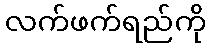
လက်ဖက်ရည်ကို